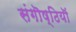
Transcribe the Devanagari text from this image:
संगॊष्ठियॊं